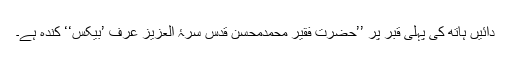
دائیں ہاتھ کی پہلی قبر پر ’’حضرت فقیر محمدمحسن قدس سرۂ العزیز عرف ’بیکس‘‘ کندہ ہے۔